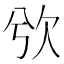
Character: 𣢍